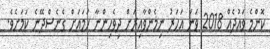
ކޮންމެ ވައުދެއް 2018 ވަނަ އަހަރު ނިމެންވާއިރަށް ދިވެހިންނާ ހަމައަށް ގެނެސްދޭނެ ކަމަށެވެ.